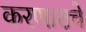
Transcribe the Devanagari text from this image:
करणाराचे